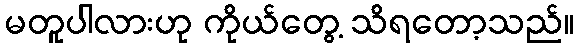
မတူပါလားဟု ကိုယ်တွေ့ သိရတော့သည်။